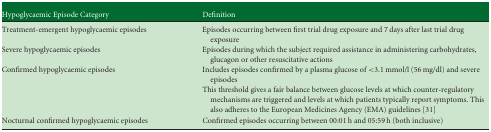
<table><thead><tr><td><b>Hypoglycaemic Episode Category</b></td><td><b>Definition</b></td></tr></thead><tbody><tr><td>Treatment-emergent hypoglycaemic episodes</td><td>Episodes occurring between first trial drug exposure and 7 days after last trial drug exposure</td></tr><tr><td>Severe hypoglycaemic episodes</td><td>Episodes during which the subject required assistance in administering carbohydrates, glucagon or other resuscitative actions</td></tr><tr><td>Confirmed hypoglycaemic episodes</td><td>Includes episodes confirmed by a plasma glucose of &lt;3.1 mmol/l (56 mg/dl) and severe episodes</td></tr><tr><td></td><td>This threshold gives a fair balance between glucose levels at which counter-regulatory mechanisms are triggered and levels at which patients typically report symptoms. This also adheres to the European Medicines Agency (EMA) guidelines 31</td></tr><tr><td>Nocturnal confirmed hypoglycaemic episodes</td><td>Confirmed episodes occurring between 00:01 h and 05:59 h (both inclusive)</td></tr></tbody></table>